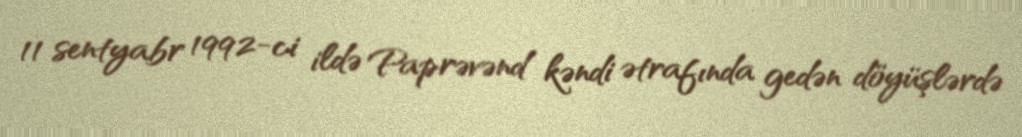
11 sentyabr 1992-ci ildə Paprəvənd kəndi ətrafında gedən döyüşlərdə